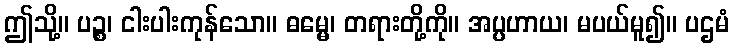
ဤသို့။ ပဉ္စ၊ ငါးပါးကုန်သော။ ဓမ္မေ၊ တရားတို့ကို။ အပ္ပဟာယ၊ မပယ်မူ၍။ ပဌမံ